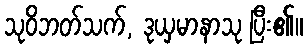
သုဝိဘတ်သက်, ဒုယှမာနာသု ပြီး၏။